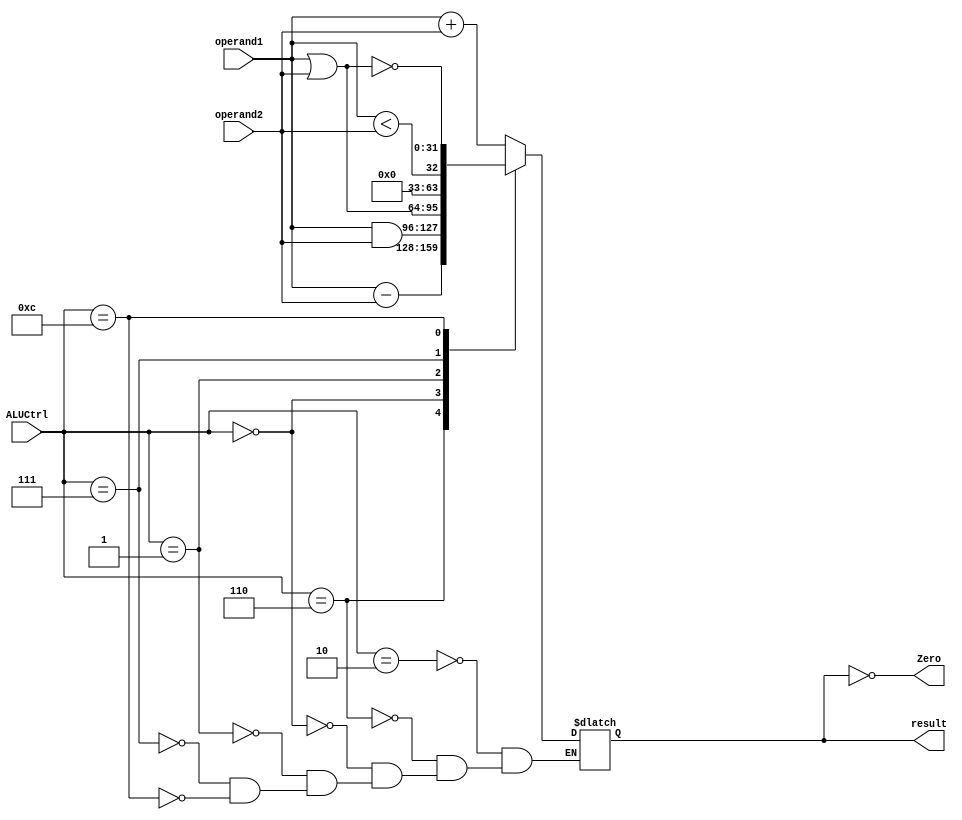
`timescale 1ns / 1ps
//////////////////////////////////////////////////////////////////////////////////
// Company: 
// Engineer: 
// 
// Design Name: 
// Module Name: ALU
// Project Name: 
// Target Devices: 
// Tool Versions: 
// Description: 
// 
// Dependencies: 
// 
// Revision:
// Revision 0.01 - File Created
// Additional Comments:
// 
//////////////////////////////////////////////////////////////////////////////////


module ALU(
    input [31:0] operand1,
    input [31:0] operand2,
    input [3:0] ALUCtrl,
    output reg [31:0] result,
    output Zero
    );
    always @(operand1 or operand2 or ALUCtrl) begin
        case (ALUCtrl)
            4'b0010:
                result <= operand1 + operand2;
            4'b0110:
                result <= operand1 - operand2;
            4'b0000:
                result <= operand1 & operand2;
            4'b0001:
                result <= operand1 | operand2;
            4'b0111:
                result <= operand1 < operand2;
            4'b1100:
                result <= ~(operand1 | operand2);
        endcase
    end
    assign Zero = result==0;
endmodule